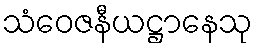
သံဝေဇနီယဋ္ဌာနေသု